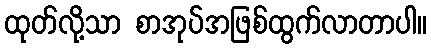
ထုတ်လို့သာ စာအုပ်အဖြစ်ထွက်လာတာပါ။